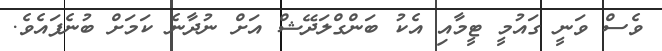
ވެސް ވަނީ ގައުމީ ޓީމާއި އެކު ބަންގްލަދޭޝް އަށް ނުދާނެ ކަމަށް ބުނެފައެވެ.